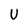
Character: U